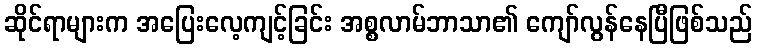
ဆိုင်ရာများက အပြေးလေ့ကျင့်ခြင်း အစ္စလာမ်ဘာသာ၏ ကျော်လွန်နေပြီဖြစ်သည်